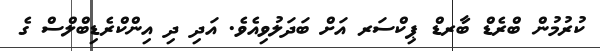
ކުރުމުން ބްރެޑް ބާރޑް ޕިކްސަރ އަށް ބަދަލުވިއެވެ. އަދި ދި އިންކްރެޑިބްލްސް ގެ